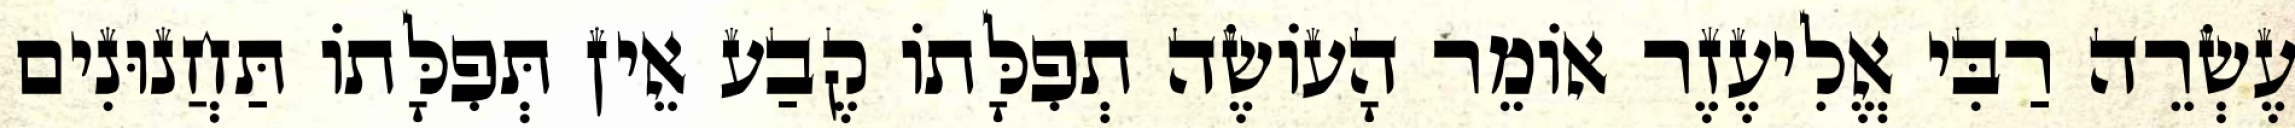
עֶשְׂרֵה רַבִּי אֱלִיעֶזֶר אוֹמֵר הָעוֹשֶׂה תְפִלָּתוֹ קֶבַע אֵין תְּפִלָּתוֹ תַּחֲנוּנִים